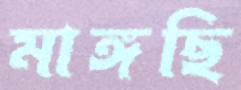
মাঙ্গছি